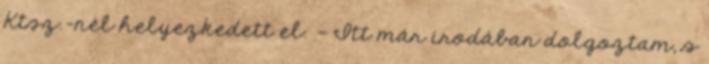
Ktsz.-nél helyezkedett el. — Itt már irodában dolgoztam, s